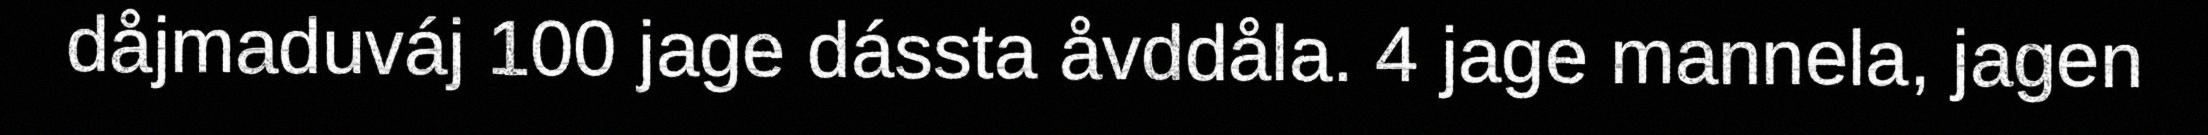
dåjmaduváj 100 jage dássta åvddåla. 4 jage mannela, jagen